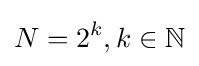
N=2^{k},k\in \mathbb {N}